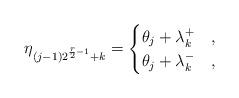
LaTeX: \begin{align*} \eta_{(j-1)2^{{r\over 2}-1}+k}= \begin{cases} \theta_j + \lambda_k^+ & ,\\ \theta_j + \lambda_k^- & , \end{cases}\end{align*}